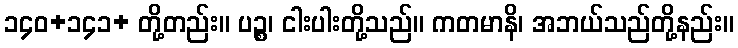
၁၄၀+၁၄၁+ တို့တည်း။ ပဉ္စ၊ ငါးပါးတို့သည်။ ကတမာနိ၊ အဘယ်သည်တို့နည်း။